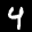
Label: 4